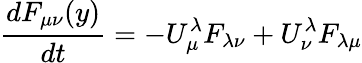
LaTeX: {\frac{dF_{\mu\nu}(y)}{dt}}=-U_{\mu}^{\lambda}F_{\lambda\nu}+U_{\nu}^{\lambda}F_{\lambda\mu}